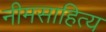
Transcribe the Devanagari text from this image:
नीमसाहित्य